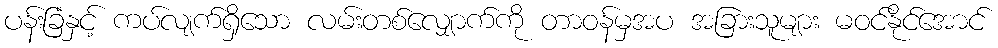
ပန်းခြံနှင့် ကပ်လျက်ရှိသော လမ်းတစ်လျှောက်ကို တာဝန်မှအပ အခြားသူများ မဝင်နိုင်အောင်